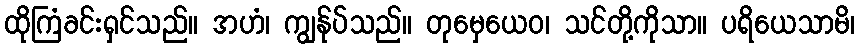
ထိုကြံခင်းရှင်သည်။ အဟံ၊ ကျွန်ုပ်သည်။ တုမှေယေဝ၊ သင်တို့ကိုသာ။ ပရိယေသာမိ၊